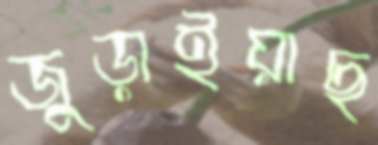
জুড়াইয়াছ